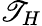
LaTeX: \mathscr{T}_{H}